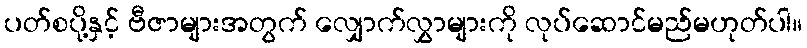
ပတ်စပို့နှင့် ဗီဇာများအတွက် လျှောက်လွှာများကို လုပ်ဆောင်မည်မဟုတ်ပါ။